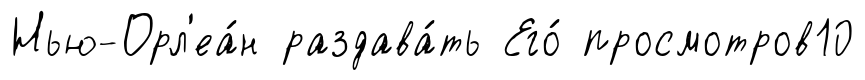
Нью-Орл'еа́н раздава́ть Его́ просмотров10